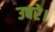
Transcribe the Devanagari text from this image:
उबरे।